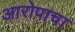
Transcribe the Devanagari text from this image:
आरोपाचा